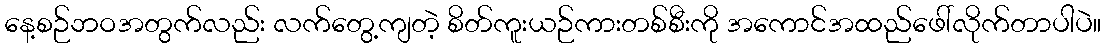
နေ့စဉ်ဘဝအတွက်လည်း လက်တွေ့ကျတဲ့ စိတ်ကူးယဉ်ကားတစ်စီးကို အကောင်အထည်ဖေါ်လိုက်တာပါပဲ။